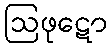
ဩဖုဋော